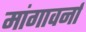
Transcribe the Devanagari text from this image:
मांगावर्ना